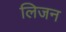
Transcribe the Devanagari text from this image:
लिजन